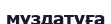
мұздатуға